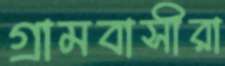
গ্রামবাসীরা